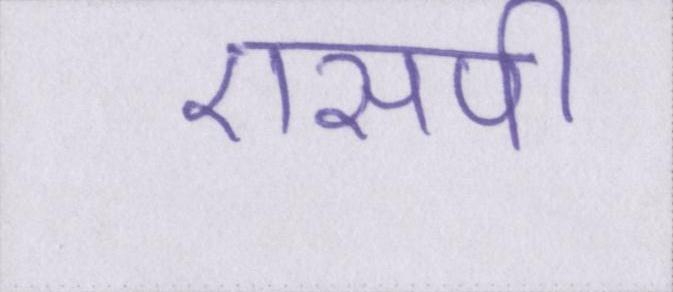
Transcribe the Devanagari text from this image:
एसपी